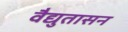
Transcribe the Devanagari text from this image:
वैद्युतासन